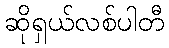
ဆိုရှယ်လစ်ပါတီ